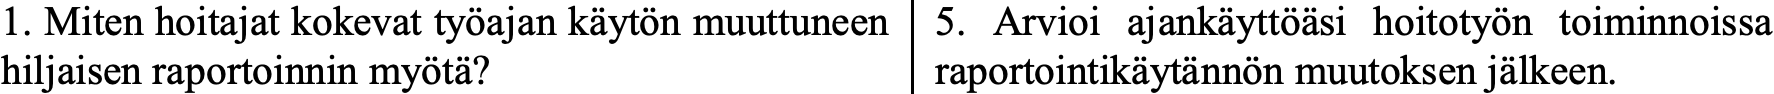
1. Miten hoitajat kokevat työajan käytön muuttuneen 5. Arvioi ajankäyttöäsi hoitotyön toiminnoissa hiljaisen raportoinnin myötä?  raportointikäytännön muutoksen jälkeen.